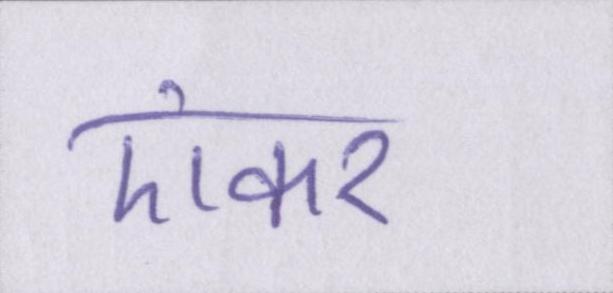
एंकर